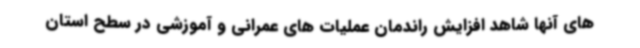
های آنها شاهد افزایش راندمان عملیات های عمرانی و آموزشی در سطح استان